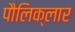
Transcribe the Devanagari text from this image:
पौलिक्लार